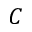
C